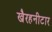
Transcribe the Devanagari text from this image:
खैरहनीटार